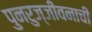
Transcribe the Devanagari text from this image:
पुनरुज्जीवनाची